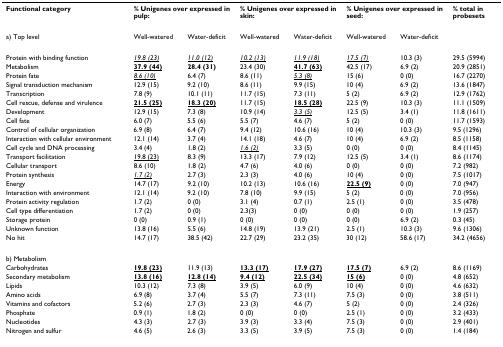
<table><thead><tr><td><b>Functional category</b></td><td colspan="2"><b>% Unigenes over expressed in pulp:</b></td><td colspan="2"><b>% Unigenes over expressed in skin:</b></td><td colspan="2"><b>% Unigenes over expressed in seed:</b></td><td><b>% total in probesets</b></td></tr><tr><td><b>a) Top level</b></td><td><b>Well-watered</b></td><td><b>Water-deficit</b></td><td><b>Well-watered</b></td><td><b>Water-deficit</b></td><td><b>Well-watered</b></td><td><b>Water-deficit</b></td><td></td></tr><tr><td><b>Protein with binding function</b></td><td><b><i><underline>19.8 (23)</underline></i></b></td><td><b><i><underline>11.0 (12)</underline></i></b></td><td><b><i><underline>10.2 (13)</underline></i></b></td><td><b><i><underline>11.9 (18)</underline></i></b></td><td><b><i><underline>17.5 (7)</underline></i></b></td><td><b>10.3 (3)</b></td><td><b>29.5 (5994)</b></td></tr><tr><td><b>Metabolism</b></td><td><b><underline>37.9 (44)</underline></b></td><td><b>28.4 (31)</b></td><td><b>23.4 (30)</b></td><td><b><underline>41.7 (63)</underline></b></td><td><b>42.5 (17)</b></td><td><b>6.9 (2)</b></td><td><b>20.9 (2851)</b></td></tr><tr><td><b>Protein fate</b></td><td><b><i><underline>8.6 (10)</underline></i></b></td><td><b>6.4 (7)</b></td><td><b>8.6 (11)</b></td><td><b><i><underline>5.3 (8)</underline></i></b></td><td><b>15 (6)</b></td><td><b>0 (0)</b></td><td><b>16.7 (2270)</b></td></tr><tr><td><b>Signal transduction mechanism</b></td><td><b>12.9 (15)</b></td><td><b>9.2 (10)</b></td><td><b>8.6 (11)</b></td><td><b>9.9 (15)</b></td><td><b>10 (4)</b></td><td><b>6.9 (2)</b></td><td><b>13.6 (1847)</b></td></tr><tr><td><b>Transcription</b></td><td><b>7.8 (9)</b></td><td><b>10.1 (11)</b></td><td><b>11.7 (15)</b></td><td><b>7.3 (11)</b></td><td><b>5 (2)</b></td><td><b>6.9 (2)</b></td><td><b>12.9 (1762)</b></td></tr><tr><td><b>Cell rescue, defense and virulence</b></td><td><b><underline>21.5 (25)</underline></b></td><td><b><underline>18.3 (20)</underline></b></td><td><b>11.7 (15)</b></td><td><b><underline>18.5 (28)</underline></b></td><td><b>22.5 (9)</b></td><td><b>10.3 (3)</b></td><td><b>11.1 (1509)</b></td></tr><tr><td><b>Development</b></td><td><b>12.9 (15)</b></td><td><b>7.3 (8)</b></td><td><b>10.9 (14)</b></td><td><b><i><underline>3.3 (5)</underline></i></b></td><td><b>12.5 (5)</b></td><td><b>3.4 (1)</b></td><td><b>11.8 (1611)</b></td></tr><tr><td><b>Cell fate</b></td><td><b>6.0 (7)</b></td><td><b>5.5 (6)</b></td><td><b>5.5 (7)</b></td><td><b>4.6 (7)</b></td><td><b>5 (2)</b></td><td><b>0 (0)</b></td><td><b>11.7 (1593)</b></td></tr><tr><td><b>Control of cellular organization</b></td><td><b>6.9 (8)</b></td><td><b>6.4 (7)</b></td><td><b>9.4 (12)</b></td><td><b>10.6 (16)</b></td><td><b>10 (4)</b></td><td><b>10.3 (3)</b></td><td><b>9.5 (1296)</b></td></tr><tr><td><b>Interaction with cellular environment</b></td><td><b>12.1 (14)</b></td><td><b>3.7 (4)</b></td><td><b>14.1 (18)</b></td><td><b>4.6 (7)</b></td><td><b>10 (4)</b></td><td><b>6.9 (2)</b></td><td><b>8.5 (1158)</b></td></tr><tr><td><b>Cell cycle and DNA processing</b></td><td><b>3.4 (4)</b></td><td><b>1.8 (2)</b></td><td><b><i><underline>1.6 (2)</underline></i></b></td><td><b>3.3 (5)</b></td><td><b>0 (0)</b></td><td><b>0 (0)</b></td><td><b>8.4 (1145)</b></td></tr><tr><td><b>Transport facilitation</b></td><td><b><underline>19.8 (23)</underline></b></td><td><b>8.3 (9)</b></td><td><b>13.3 (17)</b></td><td><b>7.9 (12)</b></td><td><b>12.5 (5)</b></td><td><b>3.4 (1)</b></td><td><b>8.6 (1174)</b></td></tr><tr><td><b>Cellular transport</b></td><td><b>8.6 (10)</b></td><td><b>1.8 (2)</b></td><td><b>4.7 (6)</b></td><td><b>4.0 (6)</b></td><td><b>0 (0)</b></td><td><b>0 (0)</b></td><td><b>7.2 (982)</b></td></tr><tr><td><b>Protein synthesis</b></td><td><b><i><underline>1.7 (2)</underline></i></b></td><td><b>2.7 (3)</b></td><td><b>2.3 (3)</b></td><td><b>4.0 (6)</b></td><td><b>10 (4)</b></td><td><b>0 (0)</b></td><td><b>7.5 (1017)</b></td></tr><tr><td><b>Energy</b></td><td><b>14.7 (17)</b></td><td><b>9.2 (10)</b></td><td><b>10.2 (13)</b></td><td><b>10.6 (16)</b></td><td><b><underline>22.5 (9)</underline></b></td><td><b>0 (0)</b></td><td><b>7.0 (947)</b></td></tr><tr><td><b>Interaction with environment</b></td><td><b>12.1 (14)</b></td><td><b>9.2 (10)</b></td><td><b>7.8 (10)</b></td><td><b>9.9 (15)</b></td><td><b>5 (2)</b></td><td><b>0 (0)</b></td><td><b>7.0 (956)</b></td></tr><tr><td><b>Protein activity regulation</b></td><td><b>1.7 (2)</b></td><td><b>0 (0)</b></td><td><b>3.1 (4)</b></td><td><b>0.7 (1)</b></td><td><b>2.5 (1)</b></td><td><b>0 (0)</b></td><td><b>3.5 (478)</b></td></tr><tr><td><b>Cell type differentiation</b></td><td><b>1.7 (2)</b></td><td><b>0 (0)</b></td><td><b>2.3(3)</b></td><td><b>0 (0)</b></td><td><b>0 (0)</b></td><td><b>0 (0)</b></td><td><b>1.9 (257)</b></td></tr><tr><td><b>Storage protein</b></td><td><b>0 (0)</b></td><td><b>0.9 (1)</b></td><td><b>0 (0)</b></td><td><b>0 (0)</b></td><td><b>0 (0)</b></td><td><b>6.9 (2)</b></td><td><b>0.3 (45)</b></td></tr><tr><td><b>Unknown function</b></td><td><b>13.8 (16)</b></td><td><b>5.5 (6)</b></td><td><b>14.8 (19)</b></td><td><b>13.9 (21)</b></td><td><b>2.5 (1)</b></td><td><b>10.3 (3)</b></td><td><b>9.6 (1306)</b></td></tr><tr><td><b>No hit</b></td><td><b>14.7 (17)</b></td><td><b>38.5 (42)</b></td><td><b>22.7 (29)</b></td><td><b>23.2 (35)</b></td><td><b>30 (12)</b></td><td><b>58.6 (17)</b></td><td><b>34.2 (4656)</b></td></tr></thead><tbody><tr><td>b) Metabolism</td><td></td><td></td><td></td><td></td><td></td><td></td><td></td></tr><tr><td>Carbohydrates</td><td><b><underline>19.8 (23)</underline></b></td><td>11.9 (13)</td><td><b><underline>13.3 (17)</underline></b></td><td><b><underline>17.9 (27)</underline></b></td><td><b><underline>17.5 (7)</underline></b></td><td>6.9 (2)</td><td>8.6 (1169)</td></tr><tr><td>Secondary metabolism</td><td><b><underline>13.8 (16)</underline></b></td><td><b><underline>12.8 (14)</underline></b></td><td><b><underline>9.4 (12)</underline></b></td><td><b><underline>22.5 (34)</underline></b></td><td><b><underline>15 (6)</underline></b></td><td>0 (0)</td><td>4.8 (652)</td></tr><tr><td>Lipids</td><td>10.3 (12)</td><td>7.3 (8)</td><td>3.9 (5)</td><td>6.0 (9)</td><td>10 (4)</td><td>0 (0)</td><td>4.6 (632)</td></tr><tr><td>Amino acids</td><td>6.9 (8)</td><td>3.7 (4)</td><td>5.5 (7)</td><td>7.3 (11)</td><td>7.5 (3)</td><td>0 (0)</td><td>3.8 (511)</td></tr><tr><td>Vitamins and cofactors</td><td>5.2 (6)</td><td>2.7 (3)</td><td>2.3 (3)</td><td>4.6 (7)</td><td>5 (2)</td><td>0 (0)</td><td>2.4 (326)</td></tr><tr><td>Phosphate</td><td>0.9 (1)</td><td>1.8 (2)</td><td>0 (0)</td><td>0 (0)</td><td>2.5 (1)</td><td>0 (0)</td><td>3.2 (433)</td></tr><tr><td>Nucleotides</td><td>4.3 (3)</td><td>2.7 (3)</td><td>3.9 (3)</td><td>3.3 (4)</td><td>7.5 (3)</td><td>0 (0)</td><td>2.9 (401)</td></tr><tr><td>Nitrogen and sulfur</td><td>4.6 (5)</td><td>2.6 (3)</td><td>3.3 (5)</td><td>3.9 (5)</td><td>7.5 (3)</td><td>0 (0)</td><td>1.4 (184)</td></tr></tbody></table>